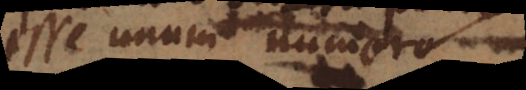
esse unum numero.